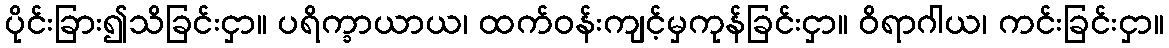
ပိုင်းခြား၍သိခြင်းငှာ။ ပရိက္ခာယာယ၊ ထက်ဝန်းကျင့်မှကုန်ခြင်းငှာ။ ဝိရာဂါယ၊ ကင်းခြင်းငှာ။